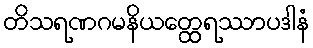
တိသရဏဂမနိယတ္ထေရဿာပဒါနံ